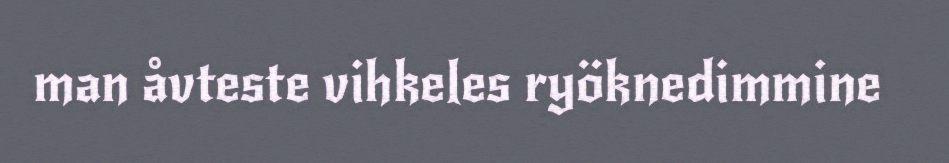
man åvteste vihkeles ryöknedimmine